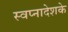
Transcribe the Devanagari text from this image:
स्वप्नादेशके